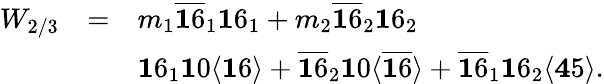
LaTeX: \begin{array}{ccl}{{W_{2/3}}}&{{=}}&{{m_{1}\overline{{{{\mathbf 16}}}}_{1}{\mathbf 16}_{1}+m_{2}\overline{{{{\mathbf 16}}}}_{2}{\mathbf 16}_{2}}}\\ {{}}&{{}}&{{{\mathbf 16}_{1}{\mathbf 10}\langle{\mathbf 16}\rangle+\overline{{{{\mathbf 16}}}}_{2}{\mathbf 10}\langle\overline{{{{\mathbf 16}}}}\rangle+\overline{{{{\mathbf 16}}}}_{1}{\mathbf 16}_{2}\langle{\mathbf 45}\rangle.}}\end{array}